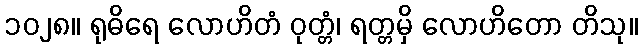
၁၀၂၈။ ရုဓိရေ လောဟိတံ ဝုတ္တံ၊ ရတ္တမှိ လောဟိတော တိသု။